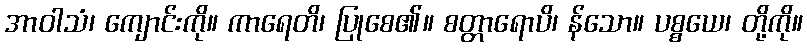
အာဝါသံ၊ ကျောင်းကို။ ကာရေတိ၊ ပြုစေ၏။ စတ္တာရောပိ၊ န်သော။ ပစ္စယေ၊ တို့ကို။